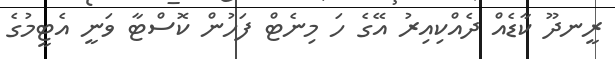
ރީނދޫ ކާޑެއް ދެއްކިއިރު އޭގެ ހަ މިނެޓް ފަހުން ކޮސްޓާ ވަނީ އެޓީމުގެ